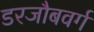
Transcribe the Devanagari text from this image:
डरजौबवर्ग